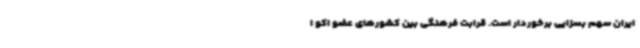
ایران سهم بسزایی برخوردار است. قرابت فرهنگی بین کشورهای عضو اکو ا